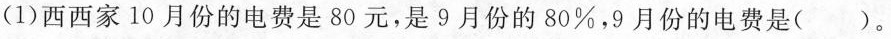
(1)西西家10月份的电费是80元，是9月份的80%，9月份的电费是( )。